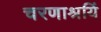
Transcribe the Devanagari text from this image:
चरणाश्रयिं